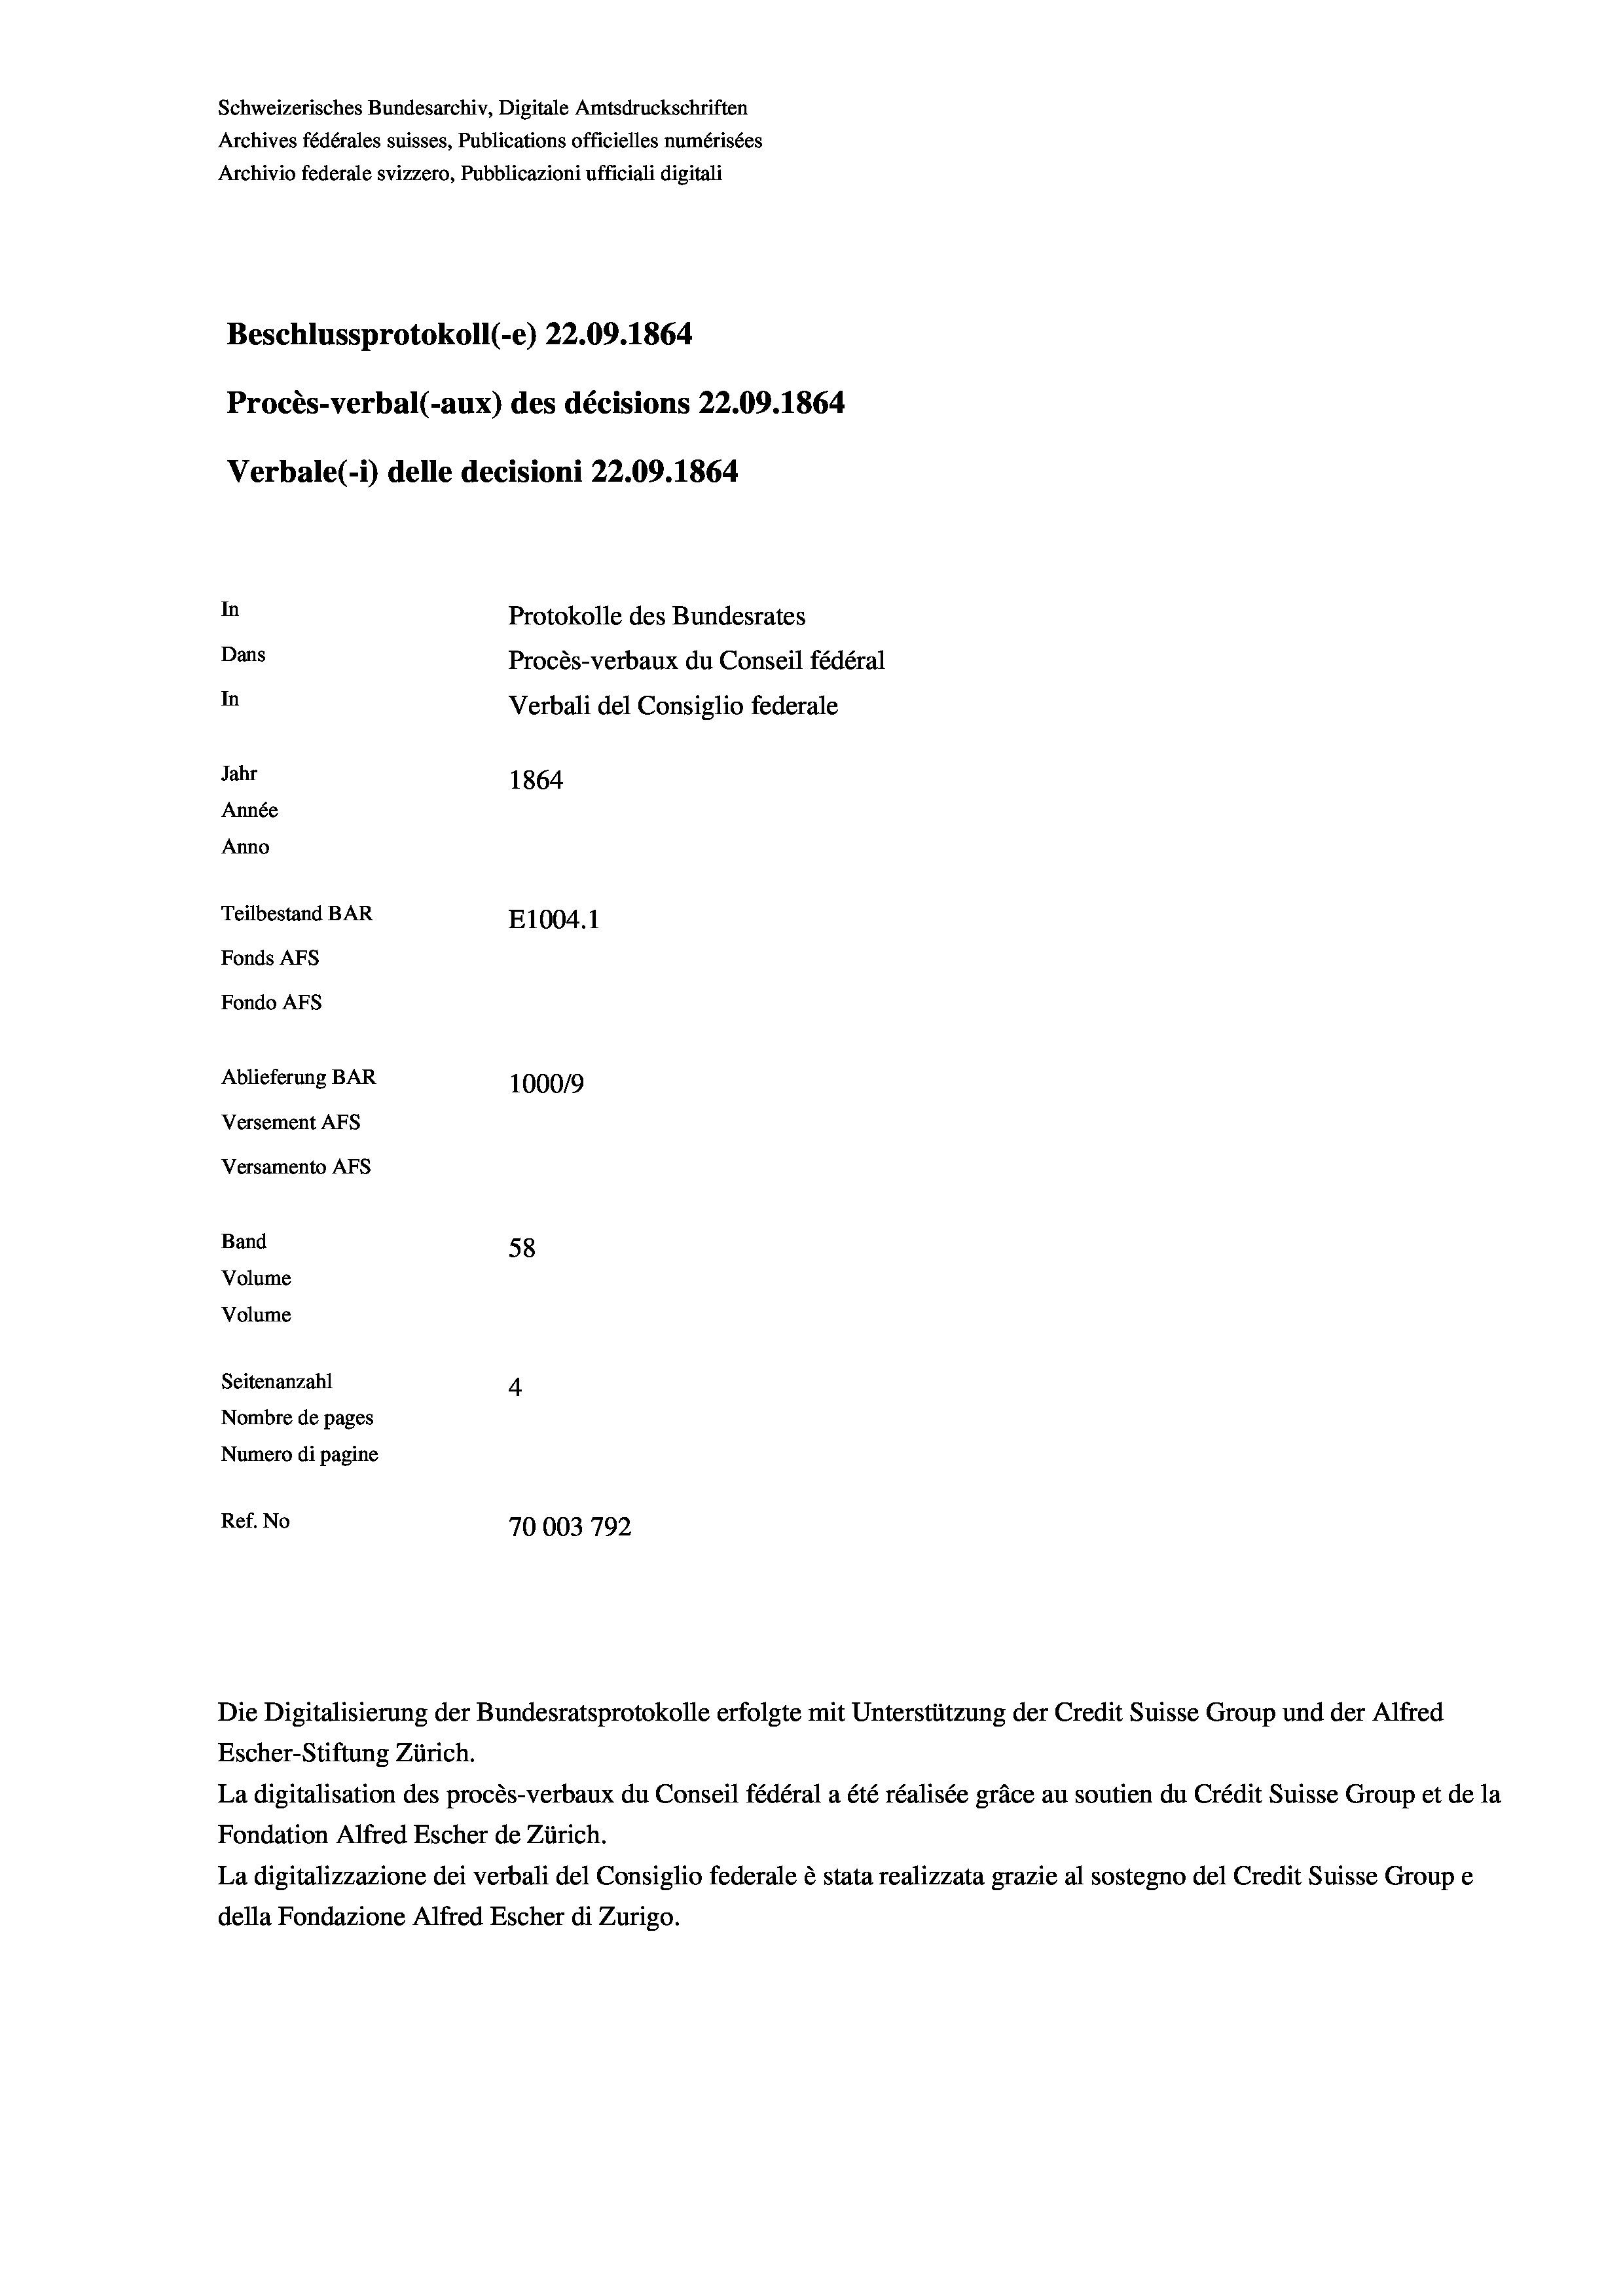
Schweizerisches Bundesarchiv, Digitale Amtsdruckschriften
Archives fédérales suisses, Publications officielles numérisées
Beschlussprotokoll (-e) 22.09. 1864
Procès-verbal (-aux) des décisions 22.09. 1864
Verbale (i) delle decisioni 22.09. 1864
In
Protokolle des Bundesrates
Dans
Procès-verbaux du Conseil fédéral
In
Verbali del Consiglio federale
Jahr
1864
Année
Anno
Teilbestand BAR
E1004.1
Fonds AFs
Fondo AFs

Ablieferung BAR
Versement AFs
Versamento Afs
Band
Volume
Volume
Seitenanzahl
Nombre de pages

100019
58
4
Numero di pagine
Ref. No
70003792

Archivio federale svizzero, Pubblicazioni ufficiali digitali

Escher-Stiftung Zürich.
La digitalisation des procès-verbaux du Conseil fédéral a été réalisée gräce au soutien du Crédit Suisse Group et de la
Fondation Alfred Escher de Zürich.
La digitalizzazione dei verbali del Consiglio federale è stata realizzata grazie al sostegno del Credit Suisse Groupe
della Fondazione Alfred Escher di Zurigo.

Die Digitalisierung der Bundesratsprotokolle erfolgte mit Unterstützung der Credit Suisse Group und der Alfred